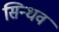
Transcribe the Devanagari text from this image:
सिन्धव